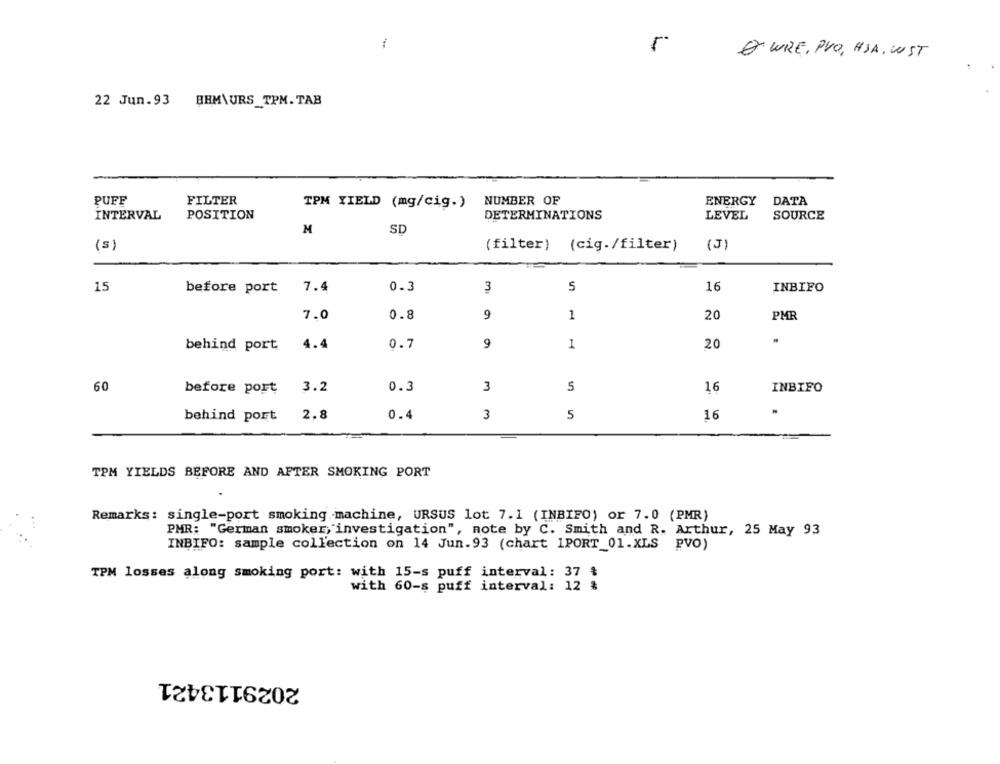
O WIRE, PVO, HSA. WST
22 Jun.93 BHM\URS_TPM. TAB
PUFF
FILTER
TPM YIELD (mg/cig.)
NUMBER OF
ENERGY
DATA
POSITION
INTERVAL
DETERMINATIONS
LEVEL
SOURCE
M
SD
(s)
(filter) (cig./filter)
(J)
15
before port
7.4
0.3
3
5
16
INBIFO
7.0
0.8
9
1
20
PMR
4.4
0.7
9
20
behind port
1
60
before port
3.2
0.3
3
5
16
INBIFO
behind port
2.8
0.4
3
5
16
TPM YIELDS BEFORE AND AFTER SMOKING PORT
Remarks: single-port smoking machine, URSUS lot 7.1 (INBIFO) or 7.0 (PMR)
PMR: "German smoker, investigation", note by C. Smith and R. Arthur, 25 May 93
INBIFO: sample collection on 14 Jun.93 (chart 1PORT_01.XLS PVO)
TPM losses along smoking port: with 15-s puff interval: 37 &
with 60-s puff interval: 12 &
2029113421